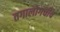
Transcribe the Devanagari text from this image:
तगालोगचीच